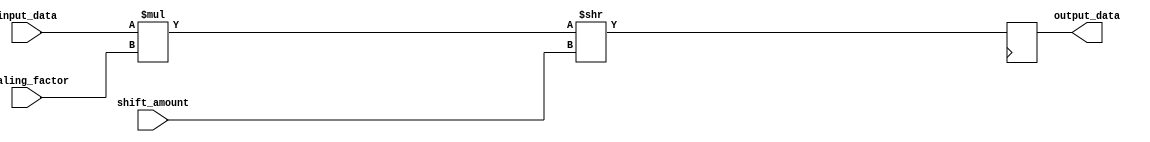
module fixed_point_shift_register (
    input [15:0] input_data,
    input [3:0] shift_amount,
    input [7:0] scaling_factor,
    output reg [15:0] output_data
);

reg [15:0] data_shifted;
reg [15:0] data_scaled;

always @(*) begin
    data_scaled = input_data * scaling_factor;
    data_shifted = data_scaled >> shift_amount;
end

always @(posedge clk) begin
    output_data <= data_shifted;
end

endmodule